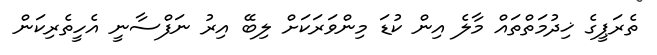
ތެރަޕީގެ ޚިދުމަތްތައް މާލެ އިން ކުޑަ މިންވަރަކަށް ލިބޭ އިރު ނަފްސާނީ އެހީތެރިކަން